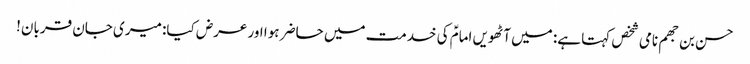
حسن بن جھم نامی شخص کہتا ہے: میں آٹھویں امامؑ کی خدمت میں حاضر ہوا اور عرض کیا: میری جان قربان!